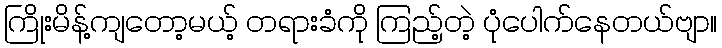
ကြိုးမိန့်ကျတော့မယ့် တရားခံကို ကြည့်တဲ့ ပုံပေါက်နေတယ်ဗျာ။